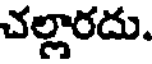
చల్లారదు.